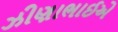
ઝીણાભાઈએ